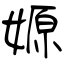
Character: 嫄